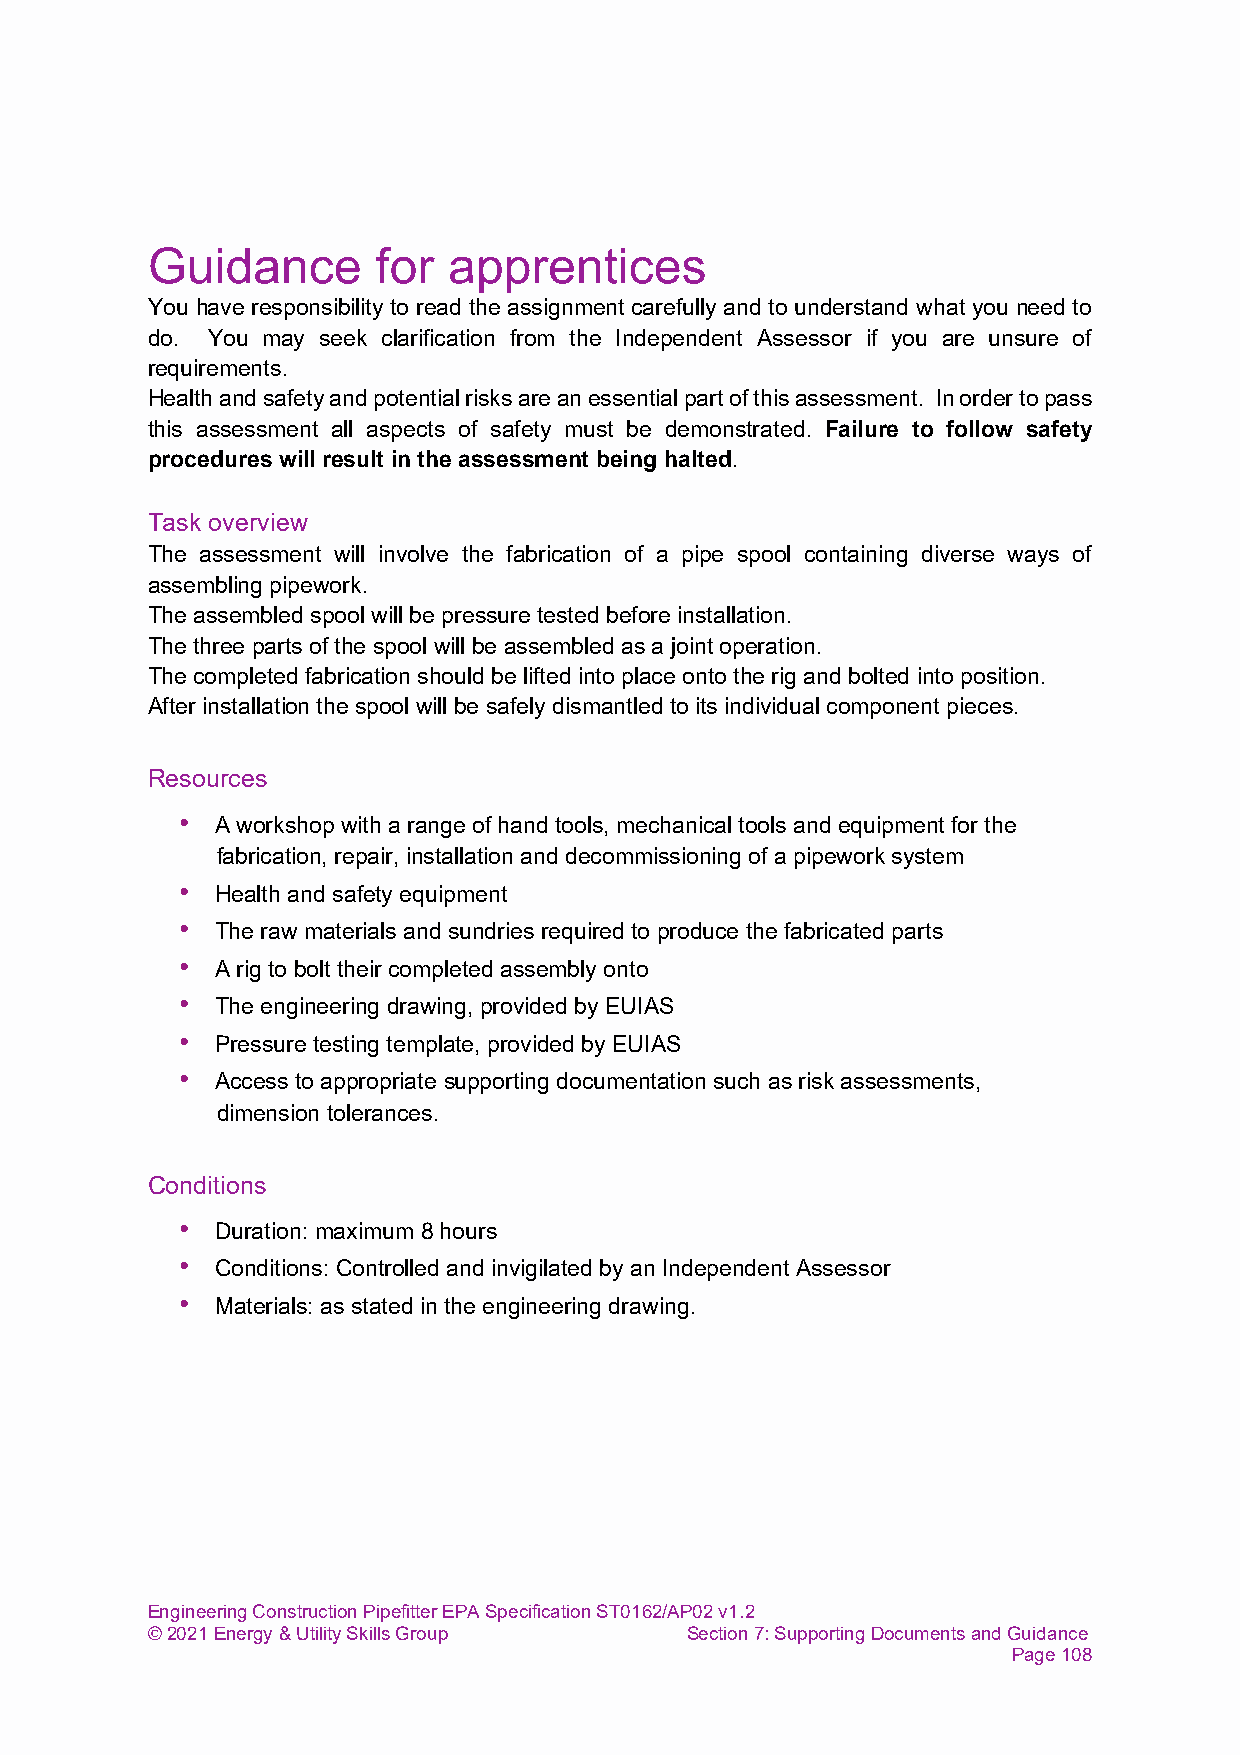
Guidance       for  apprentices
 You have responsibility to read the assignment carefully and to understand what you need to
 do. You may seek clarification from the Independent Assessor if you are unsure of
 requirements.
 Health and safety and potential risks are an essential part of this assessment. In order to pass
 this assessment all aspects of safety must be demonstrated. Failure to follow safety
 procedures will result in the assessment being halted.
 Task overview
 The assessment will involve the fabrication of a pipe spool containing diverse ways of
 assembling pipework.
 The assembled spool will be pressure tested before installation.
 The three parts of the spool will be assembled as a joint operation.
 The completed fabrication should be lifted into place onto the rig and bolted into position.
 After installation the spool will be safely dismantled to its individual component pieces.
 Resources
 • A workshop with a range of hand tools, mechanical tools and equipment for the
 fabrication, repair, installation and decommissioning of a pipework system
 • Health and safety equipment
 • The raw materials and sundries required to produce the fabricated parts
 • A rig to bolt their completed assembly onto
 • The engineering drawing, provided by EUIAS
 • Pressure testing template, provided by EUIAS
 • Access to appropriate supporting documentation such as risk assessments,
 dimension tolerances.
 Conditions
 • Duration: maximum 8 hours
 • Conditions: Controlled and invigilated by an Independent Assessor
 • Materials: as stated in the engineering drawing.
 Engineering Construction Pipefitter EPA Specification ST0162/AP02 v1.2
 © 2021 Energy & Utility Skills Group Section 7: Supporting Documents and Guidance
 Page 108